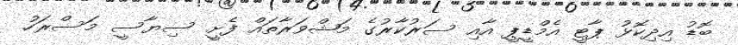
ބޮޑު އިދިކޮޅު ޕާޓީ އެމްޑީޕީ އާއި ސަރުކާރުގެ މަޝްވަރާތައް ފެށީ ސިޔާސީ މަސްރަހު